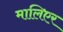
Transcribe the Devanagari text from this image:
मालिएर